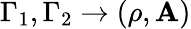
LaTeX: \Gamma_{1},\Gamma_{2}\rightarrow(\rho,\mathbf{A})